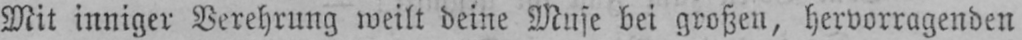
Mit inniger Verehrung weilt deine Muse bei großen, hervorragenden